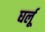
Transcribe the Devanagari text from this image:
घर्लू